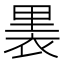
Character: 𧚣